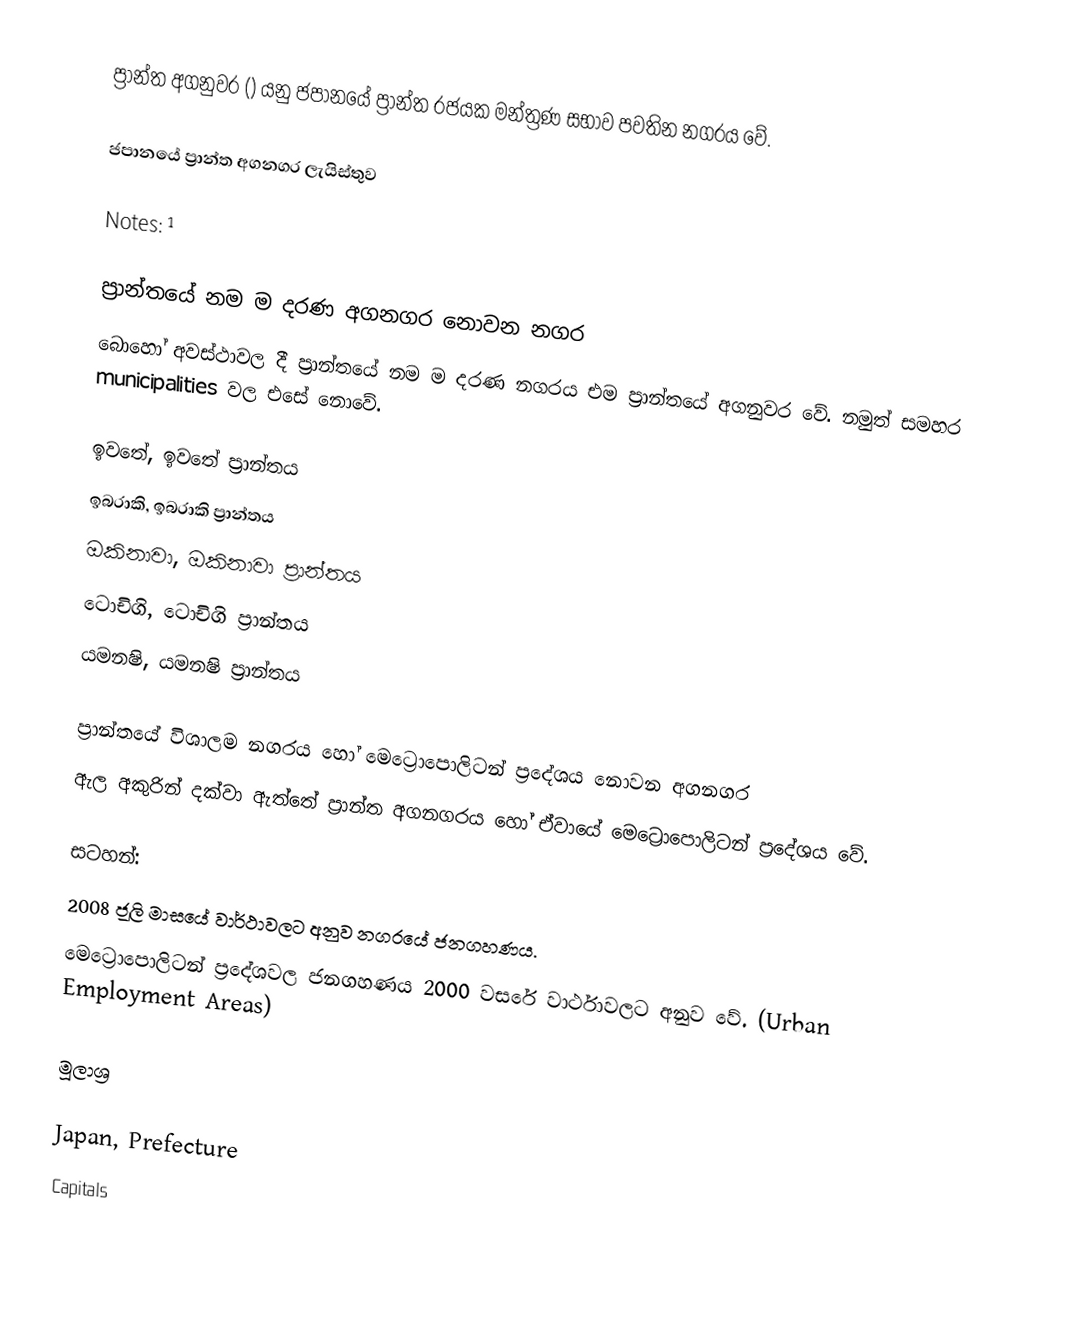
ප්‍රාන්ත අගනුවර () යනු ජපානයේ ප්‍රාන්ත රජයක මන්ත්‍රණ සභාව පවතින නගරය වේ.

ජපානයේ ප්‍රාන්ත අගනගර ලැයිස්තුව

Notes: ¹

ප්‍රාන්තයේ නම ම දරණ අගනගර නොවන නගර
බොහෝ අවස්ථාවල දී ප්‍රාන්තයේ නම ම දරණ නගරය එම ප්‍රාන්තයේ අගනුවර වේ. නමුත් සමහර municipalities වල එසේ නොවේ.

ඉවතේ, ඉවතේ ප්‍රාන්තය
ඉබරාකි, ඉබරාකි ප්‍රාන්තය
ඔකිනාවා, ඔකිනාවා ප්‍රාන්තය
ටොචිගි, ටොචිගි ප්‍රාන්තය
යමනෂි, යමනෂි ප්‍රාන්තය

ප්‍රාන්තයේ විශාලම නගරය හෝ මෙට්‍රොපොලිටන් ප්‍රදේශය නොවන අගනගර
ඇල අකුරින් දක්වා ඇත්තේ ප්‍රාන්ත අගනගරය හෝ ඒවායේ මෙට්‍රොපොලිටන් ප්‍රදේශය වේ.

සටහන්:
2008 ජූලි මාසයේ වාර්ථාවලට අනුව නගරයේ ජනගහණය.
මෙට්‍රොපොලිටන් ප්‍රදේශවල ජනගහණය 2000 වසරේ වාර්ථාවලට අනුව වේ. (Urban Employment Areas)

මූලාශ්‍ර

Japan, Prefecture
Capitals